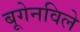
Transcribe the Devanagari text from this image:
बूगेनविले